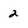
Character: 2